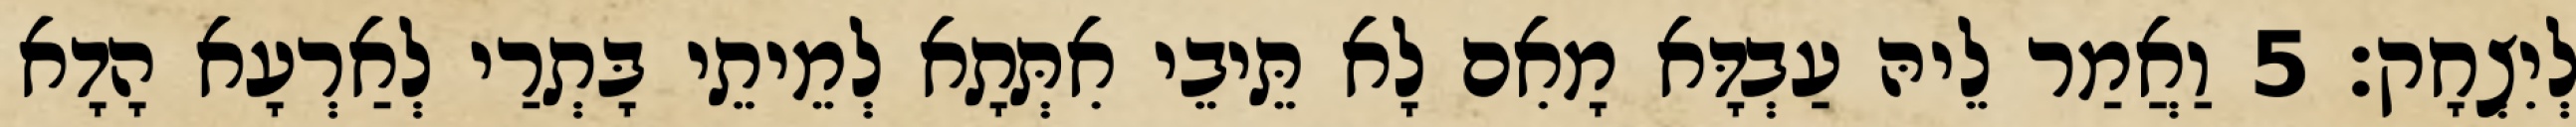
לְיִצְחָק׃ 5 וַאֲמַר לֵיהּ עַבְדָּא מָאִם לָא תֵּיבֵי אִתְּתָא לְמֵיתֵי בָּתְרַי לְאַרְעָא הָדָא